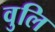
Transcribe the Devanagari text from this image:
वुलि